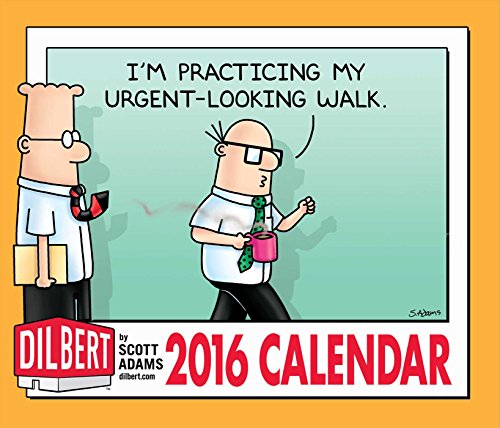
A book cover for Dilbert 2016 Day-to-Day Calendar; Scott Adams; Calendars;